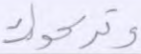
وتركوك